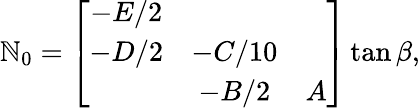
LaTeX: \mathbb{N}_{0}=\left[\begin{array}{ccc}{{-E/2}}&{{}}&{{}}\\ {{-D/2}}&{{-C/10}}&{{}}\\ {{}}&{{-B/2}}&{{A}}\end{array}\right]\tan\beta,